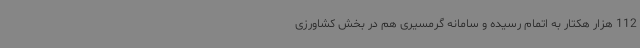
112 هزار هکتار به اتمام رسیده و سامانه گرمسیری هم در بخش کشاورزی